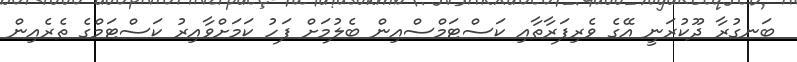
ބަނގުރާ ދޫކުރަނީ އޭގެ ވެރިފަރާތާއި ކަސްޓަމްސްއިން ބެލުމަށް ފަހު ކަމަށްވާއިރު ކަސްޓަމްގެ ތެރެއިން